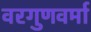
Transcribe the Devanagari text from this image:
वरगुणवर्मा